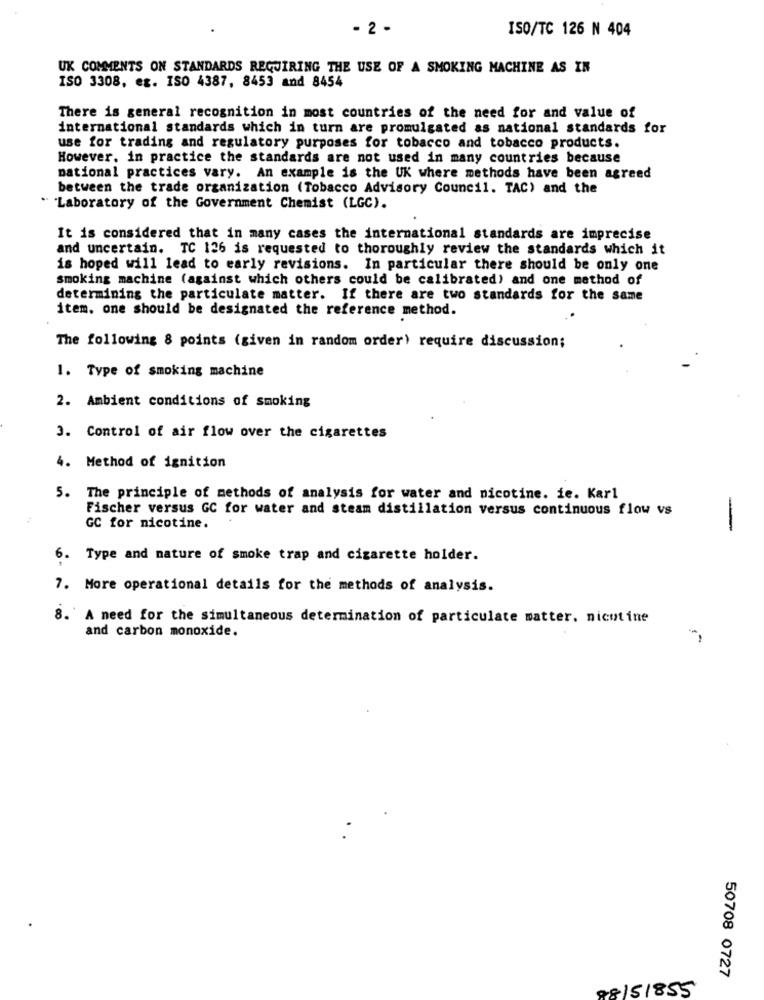
- 2 -
ISO/TC 126 N 404
UK COMMENTS ON STANDARDS REQUIRING THE USE OF A SMOKING MACHINE AS IN
ISO 3308, eg. ISO 4387, 8453 and 8454
There is general recognition in most countries of the need for and value of
international standards which in turn are promulgated as national standards for
use for trading and regulatory purposes for tobacco and tobacco products.
However, in practice the standards are not used in many countries because
national practices vary. An example is the UK where methods have been agreed
between the trade organization (Tobacco Advisory Council. TAC) and the
" Laboratory of the Government Chemist (LGC).
It is considered that in many cases the international standards are imprecise
and uncertain. TC 126 is requested to thoroughly review the standards which it
is hoped will lead to early revisions. In particular there should be only one
smoking machine (against which others could be calibrated) and one method of
determining the particulate matter. If there are two standards for the same
item. one should be designated the reference method.
The following 8 points (given in random order) require discussion;
1. Type of smoking machine
2. Ambient conditions of smoking
3. Control of air flow over the cigarettes
4. Method of ignition
5. The principle of methods of analysis for water and nicotine. ie. Karl
Fischer versus GC for water and steam distillation versus continuous flow vs
GC for nicotine.
-
6. Type and nature of smoke trap and cigarette holder.
7. More operational details for the methods of analysis.
8. A need for the simultaneous determination of particulate matter. nicotine
and carbon monoxide.
-
50708 0727
88151855